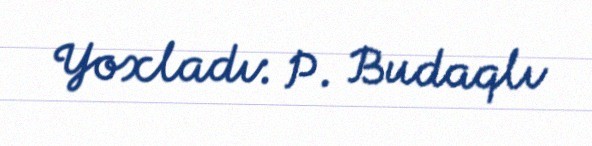
Yoxladı: P. Budaqlı